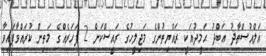
އަލްއުސްތާޛު ޢަބްދު ޙަމީދުއަކީ ރައްޔިތުންގެ މަޖިލީހުގެ ރައީސްކަން 2 ފަހަރެއްގެ މަތިން ކުރައްވާފައިވާ